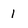
Character: 1